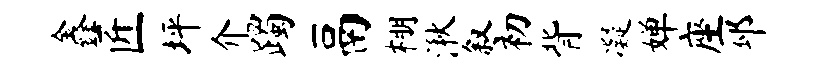
鑫匠坪介躅鬲棚湫叙初背凝婵座邳